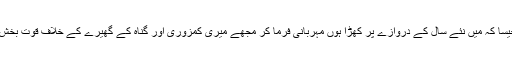
جیسا کہ میں نئے سال کے دروازے پر کھڑا ہوں مہربانی فرما کر مجھے میری کمزوری اور گناہ کے گھیرے کے خلاف قوت بخش ۔